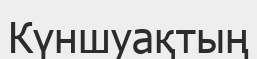
Күншуақтың